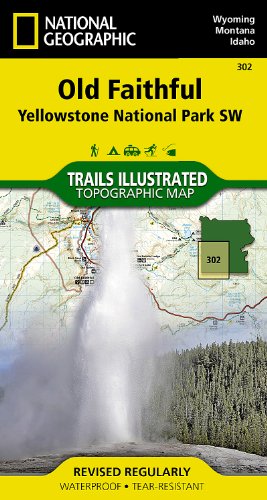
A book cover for Old Faithful: Yellowstone National Park SW (National Geographic Trails Illustrated Map); National Geographic Maps - Trails Illustrated; Travel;